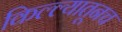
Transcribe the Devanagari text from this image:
किल्ल्यातूनच